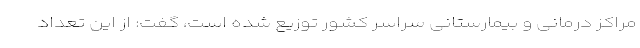
مراکز درمانی و بیمارستانی سراسر کشور توزیع شده است، گفت: از این تعداد